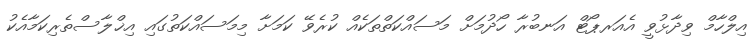
އިލްހާމް ވިދާޅުވީ އެއަރޕޯޓް އަނބުރާ ހޯދުމަށް މަސައްކަތްތަކެއް ކުރެވޭ ކަމަށާ މިމަސައްކަތުގައި އިޚްލާސްތެރިކަމާއެކު